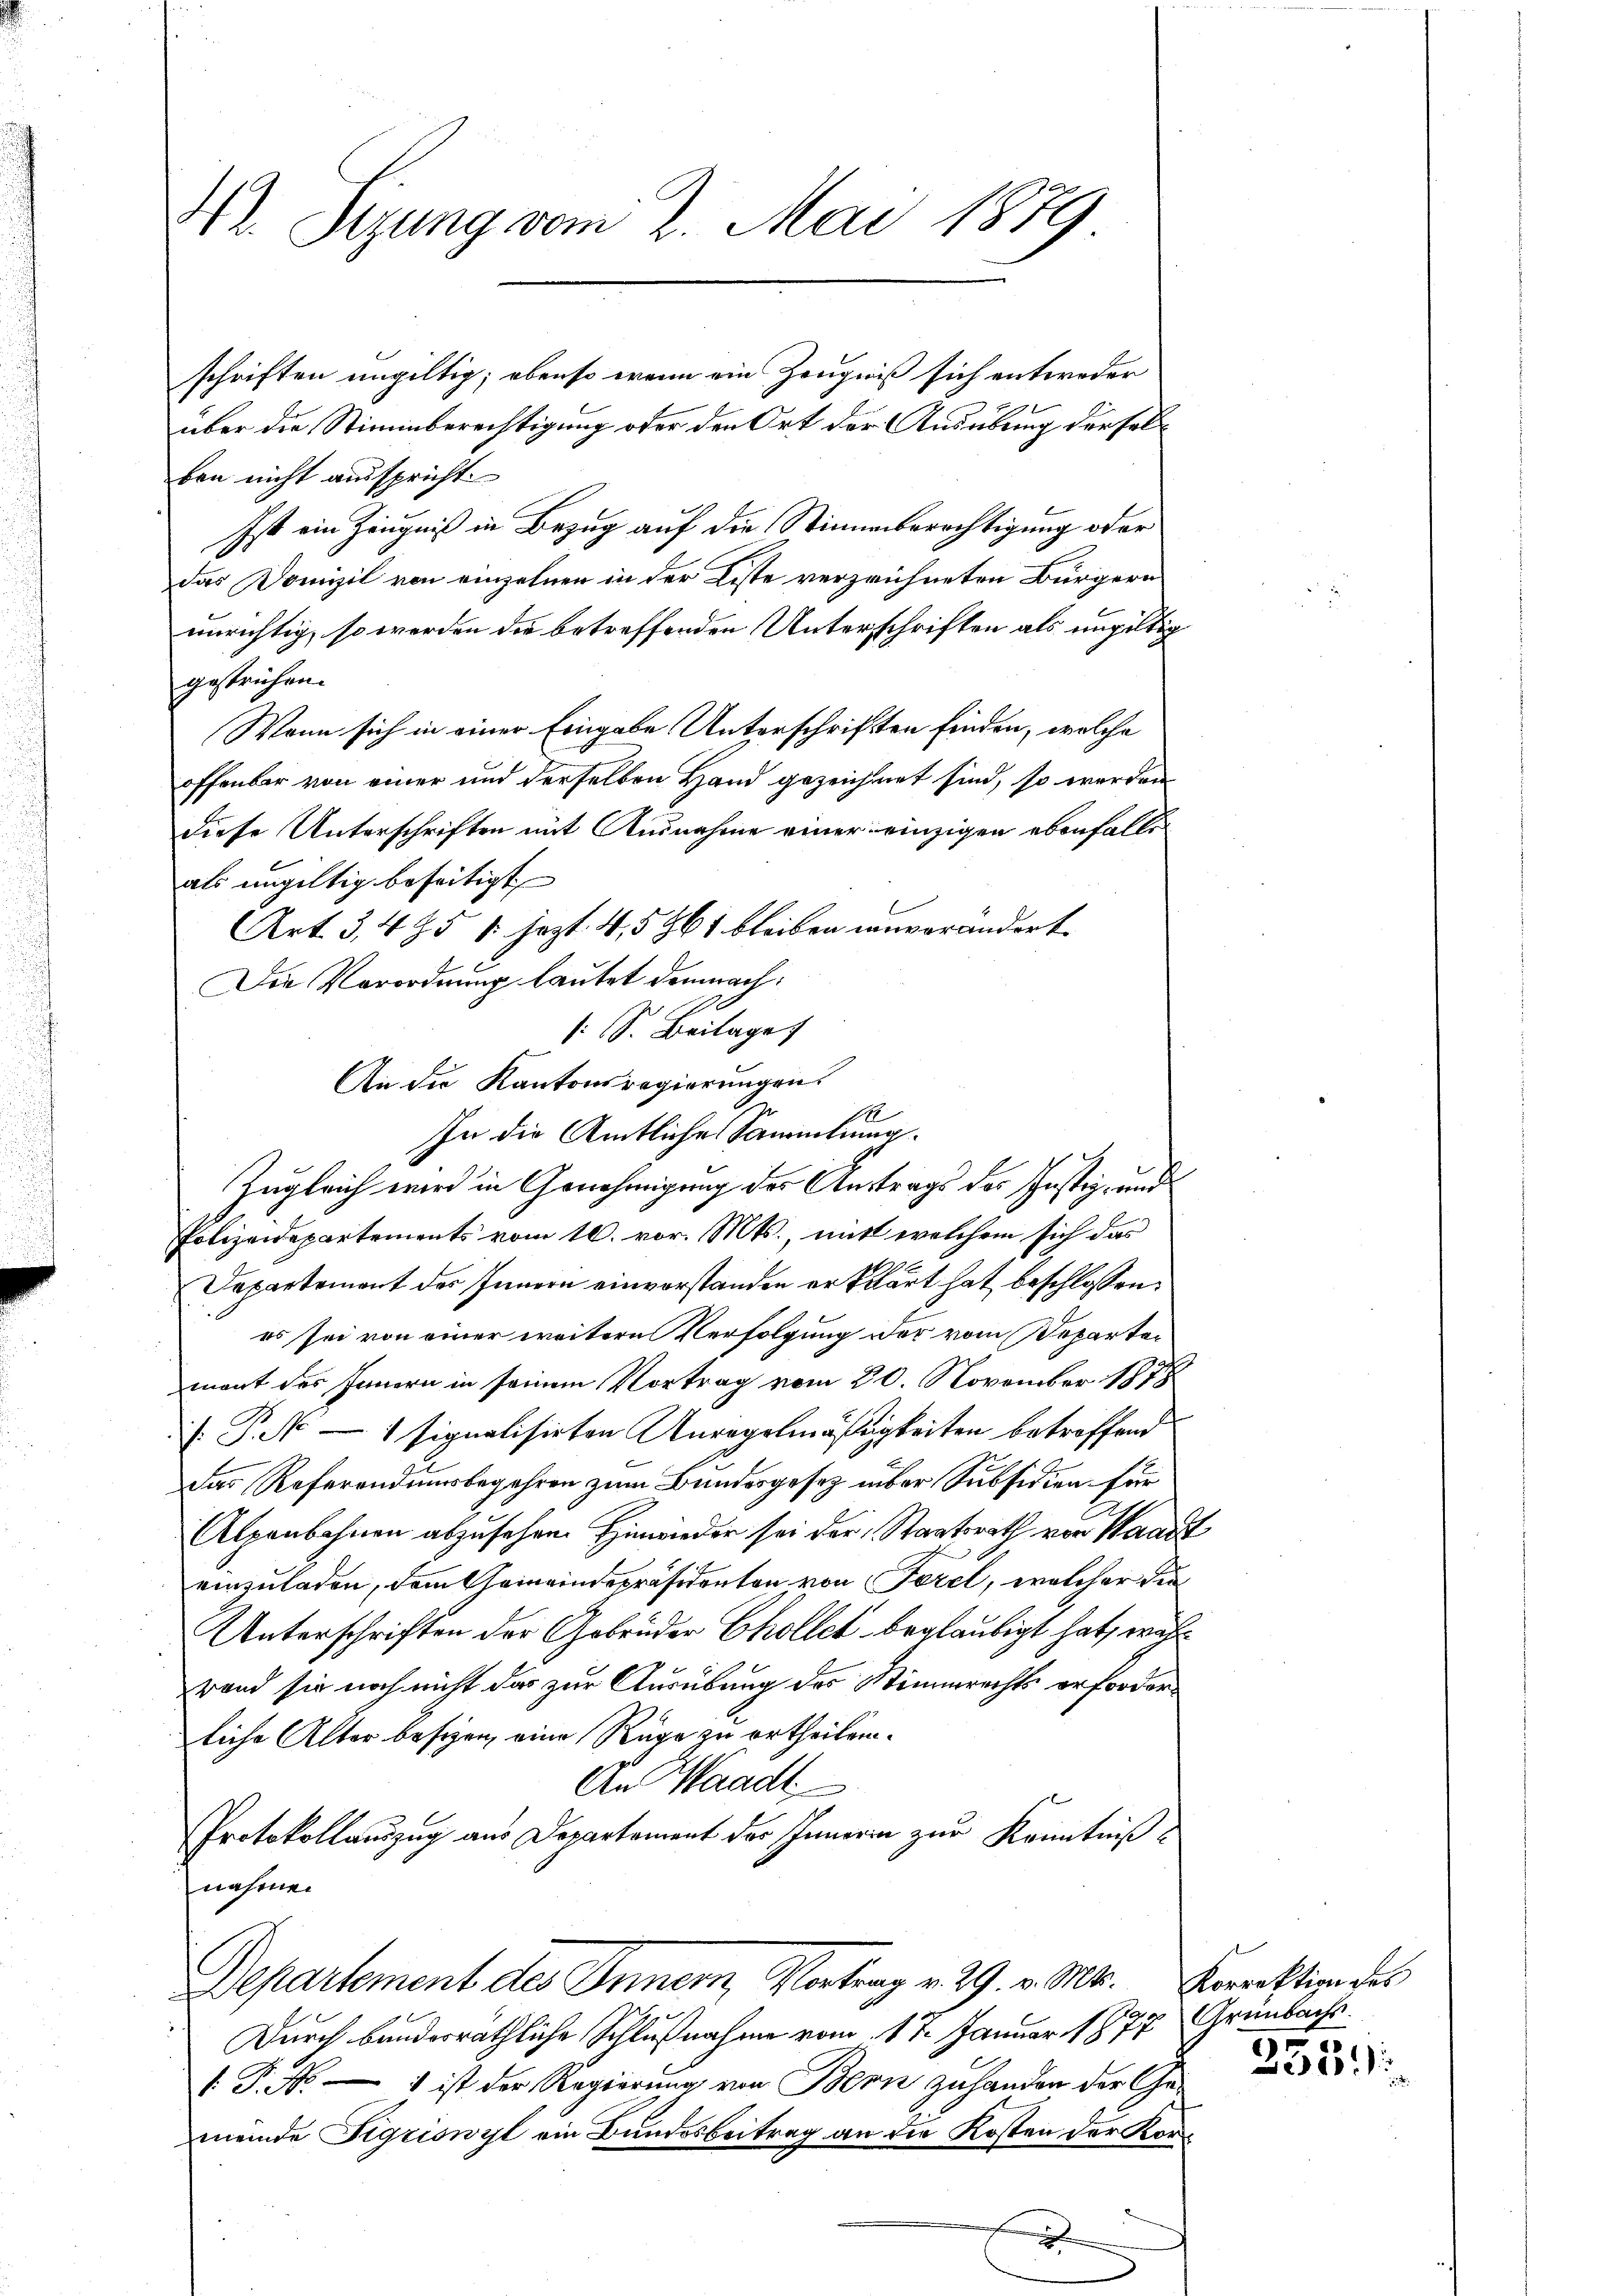
M. Sizung vom 2. Mai 1879

schriften ungültig; ebenso wenn ein Zeugniß sich entweder

über die Stimmberechtigung oder den Ort der Ausübung derselben nicht ausspricht
Ist ein Zeugniß in Bezug auf die Stimmberechtigung oder
das Domizil von einzelnen in der Liste verzeichneten Bürgern
unrichtig, so werden die betreffenden Unterschriften als ungültig
gestrichen.
Wenn sich in einer Eingabe Unterschriften finden, welche
offenbar von einer und derselben Hand gezeichnet sind, so werden
diese Unterschriften mit Ausnahme einer einzigen ebenfalls
als ungültig beseitigt
Art. 3, 485 /: jezt 4,5861 bleiben unverändert.
Die Verordnung lautet demnach¬
[S. Beilage
An die Kantonsregierungen.
In die Amtliches Sammlung.
Zugleich wird in Genehmigung der Austrags des Justiz- und
Polizeidepartements vom 16. vor. Mts., mit welchem sich das
Departement des Innern einvorstanden erklärt hat beschlossen:
es sei von einer weitere Verfolgung der vom Departemont des Innern in seinem Vortrag vom 20. November 1878
 P. 1 signalisirten Anregelmäßigkeiten betreffend
Das Referendumsbegehren zum Bundesgesetz über Subsidien für
Alpenbahnen abzusehen Hinwieder sei der Staatsrath von Maass
einzuladen, dem Gemeindepräsidenten von Forel, welcher die
Unterschriften der Gebrüder Chollet beglaubigt hat, wähl
rand sie noch nicht das zur Ausübung des Stimmrechts erforderliche Alter besizen eine Rüge zu ertheilen.
An Waadt
Protokollauszug aus Departement des Innern zur Kenntniß
nahmen
Departement des Innern, Vortrag v. 29. v. Mts. Korrektion des
Durch bandorräthliche Schlußnahme vom 17. Januar 1877 Grünbachs¬
 P. Nr. 1 ist der Regierung von Bern zu handen der Ge-
meinde Sigriswyl ein Bundesbeitrag an die Kosten der Kane

18

2

r
250)